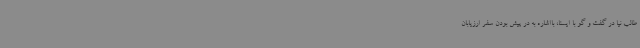
طالب نیا در گفت و گو با ایسنا، بااشاره به در پیش بودن سفر ارزیابان